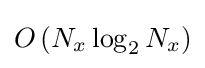
O\left(N_{x}\log _{2}N_{x}\right)